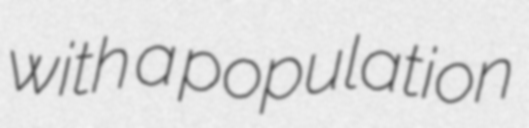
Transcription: with a population